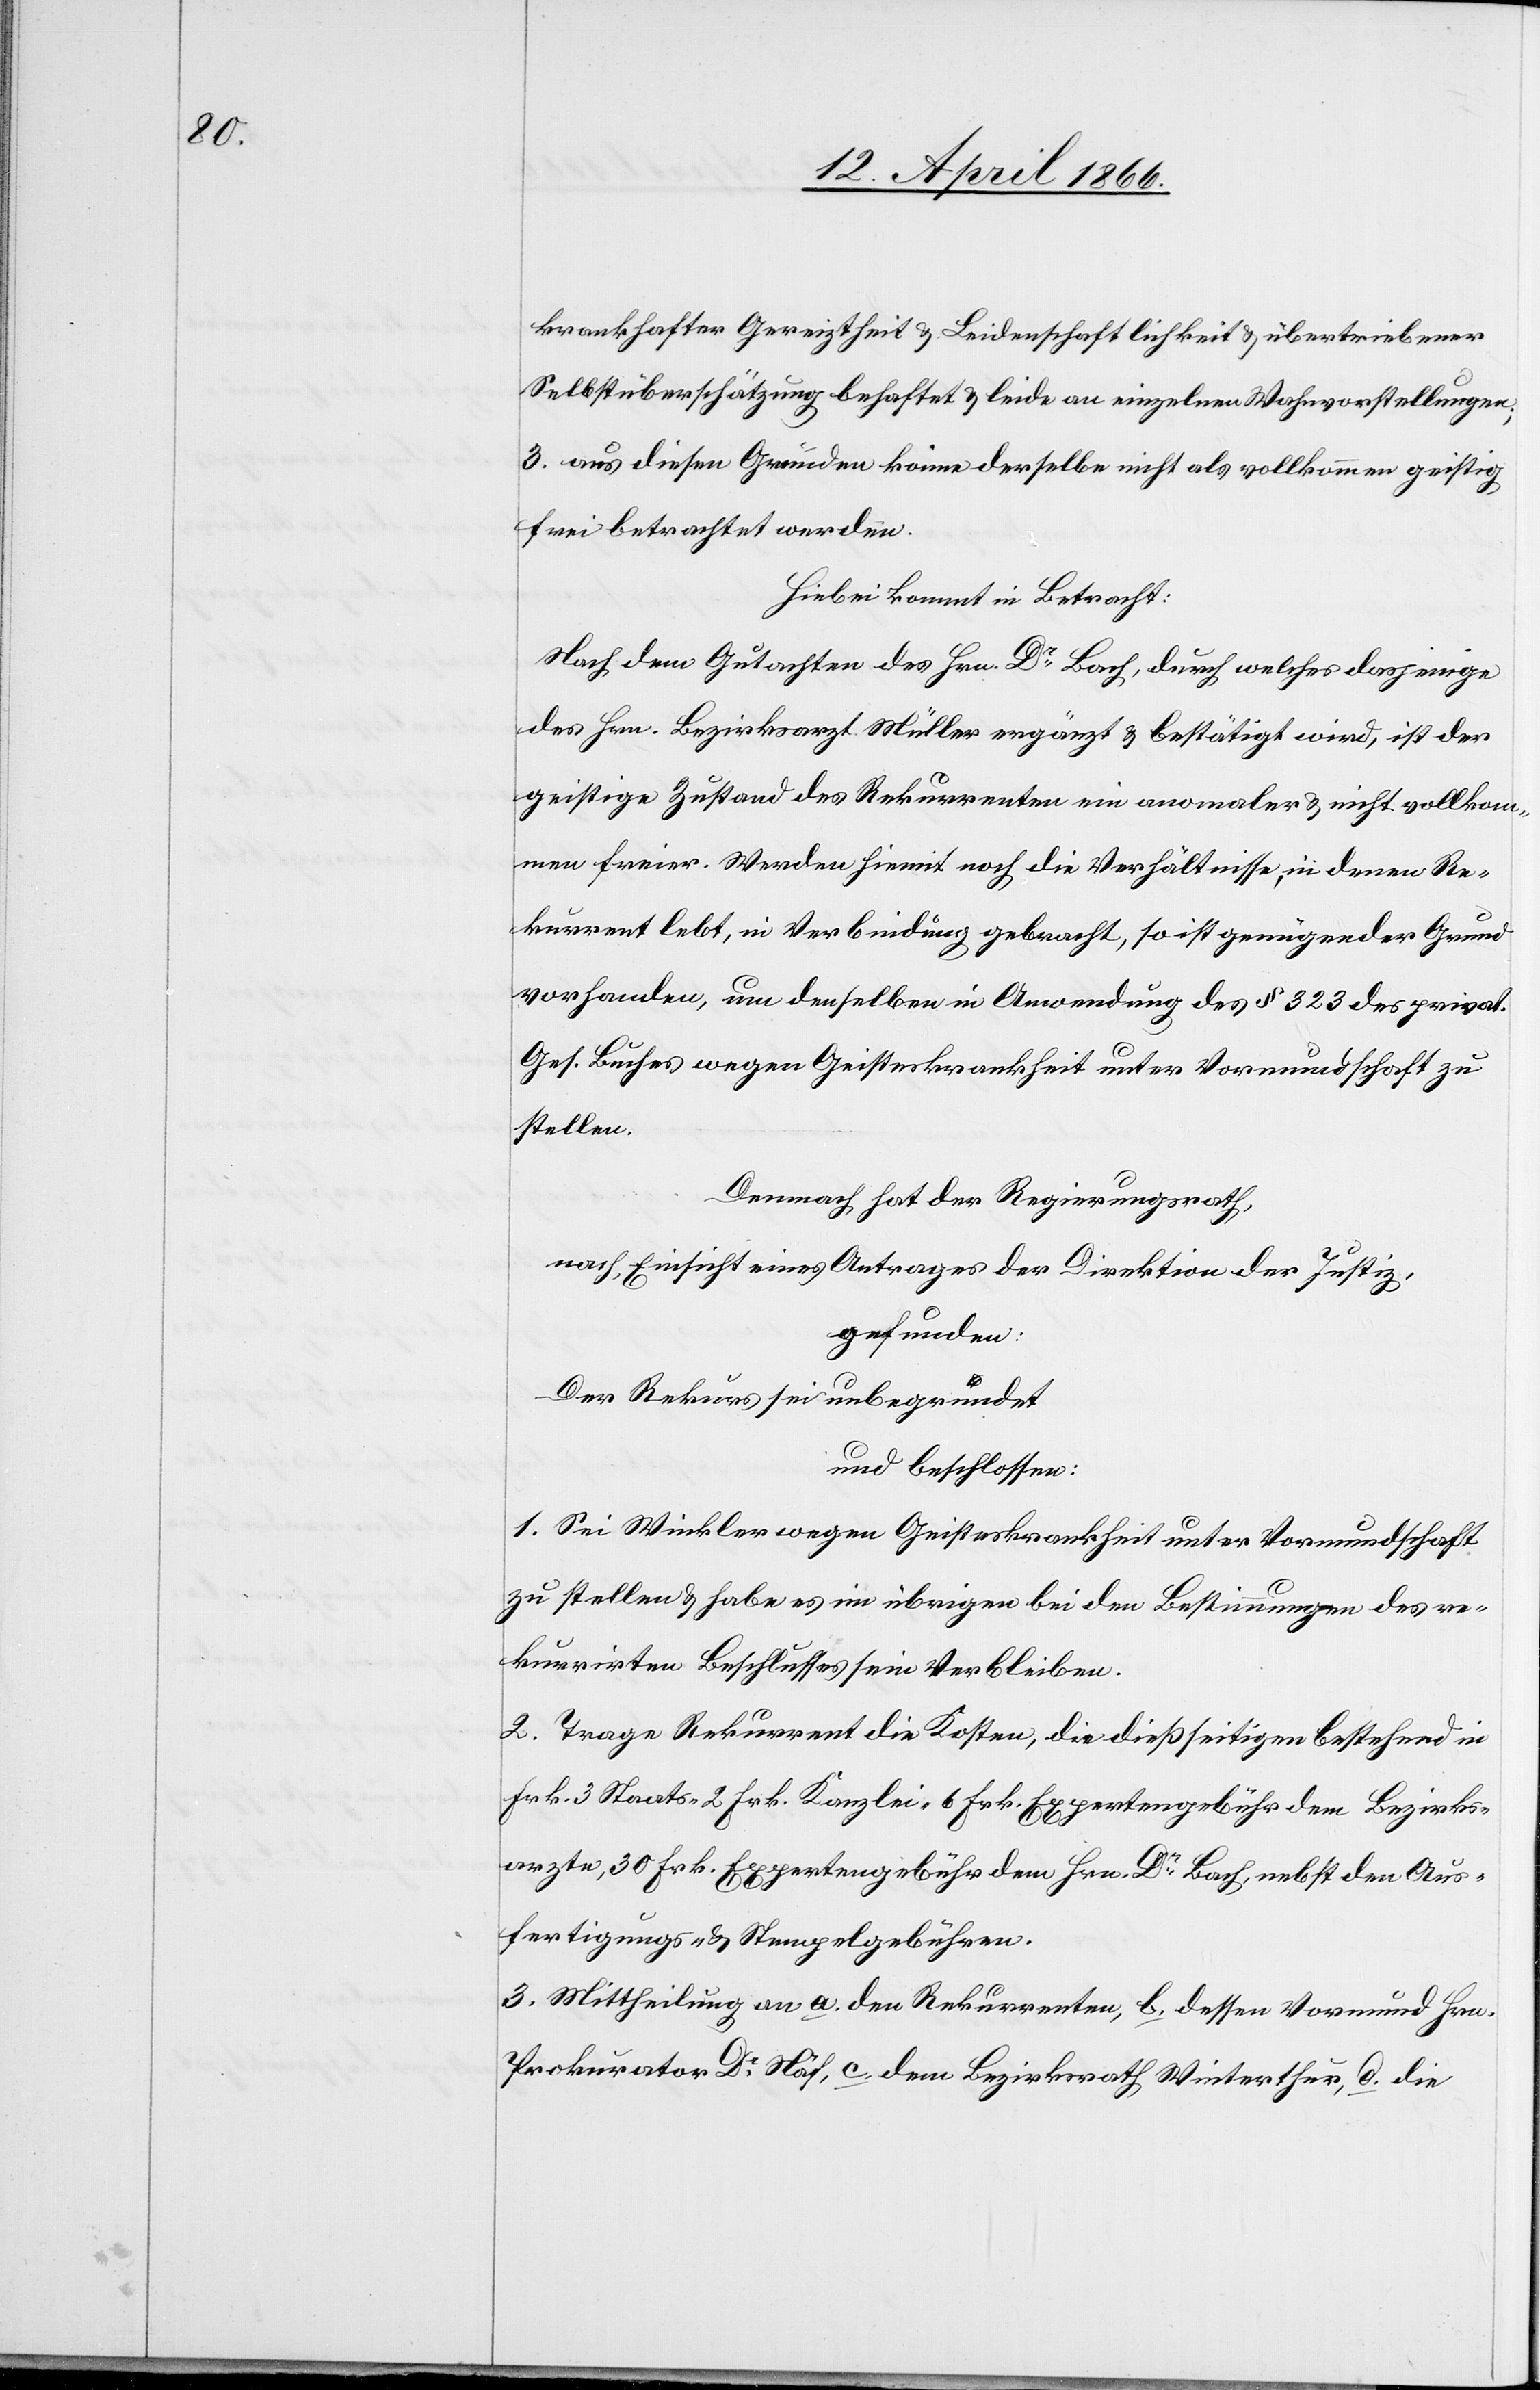
krankhafter Gereiztheit u. Leidenschaftlichkeit u. übertriebener
Selbstüberschätzung behaftet u. leide an einzelnen Wahnvorstellungen;
3. aus diesen Gründen könne derselbe nicht als vollkommen geistig
frei betrachtet werden.
Hiebei kommt in Betracht:
Nach dem Gutachten des Hrn. Dr. Bach, durch welches dasjenige
des Hrn. Bezirksarzt Müller ergänzt u. bestätigt wird, ist der
geistige Zustand des Rekurrenten ein anormaler u. nicht vollkom¬
men freier. Werden hiemit noch die Verhältnisse, in denen Re¬
kurrent lebt, in Verbindung gebracht, so ist genügender Grund
vorhanden, um denselben in Anwendung des § 323 des privat.
Ges. Buches wegen Geisteskrankheit unter Vormundschaft zu
stellen.
Demnach hat der Regierungsrath,
nach Einsicht eines Antrages der Direktion der Justiz,
gefunden:
Der Rekurs sei unbegründet
und beschlossen:
1. Sei Winkler wegen Geisteskrankheit unter Vormundschaft
zu stellen u. habe es im übrigen bei den Bestimmungen des re¬
kurrirten Beschlusses sein Verbleiben.
2. Trage Rekurrent die Kosten, die dießseitigen bestehend in
Frk. 3 Staats- 2 Frk. Kanzlei-, 6 Frk. Expertengebühr dem Bezirks¬
arzte, 30 Frk. Expertengebühr dem Hrn. Dr. Bach, nebst den Aus¬
fertigungs- u. Stempelgebühren.
3. Mittheilung an a. den Rekurrenten, b. dessen Vormund Hrn
Prokurator Dr. Näf, c. dem Bezirksrath Winterthur, d. die